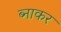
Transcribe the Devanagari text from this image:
ब्नाकर